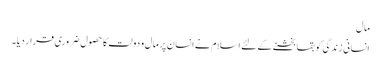
مال
انسانی زندگی کو بقا بخشنے کے لئے اسلام نے انسان پر مال و دولت کا حصول ضروری قرار دیا۔